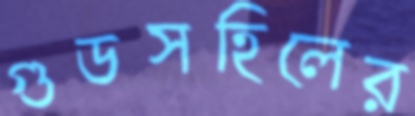
গুডসহিলের